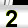
Digit: 2